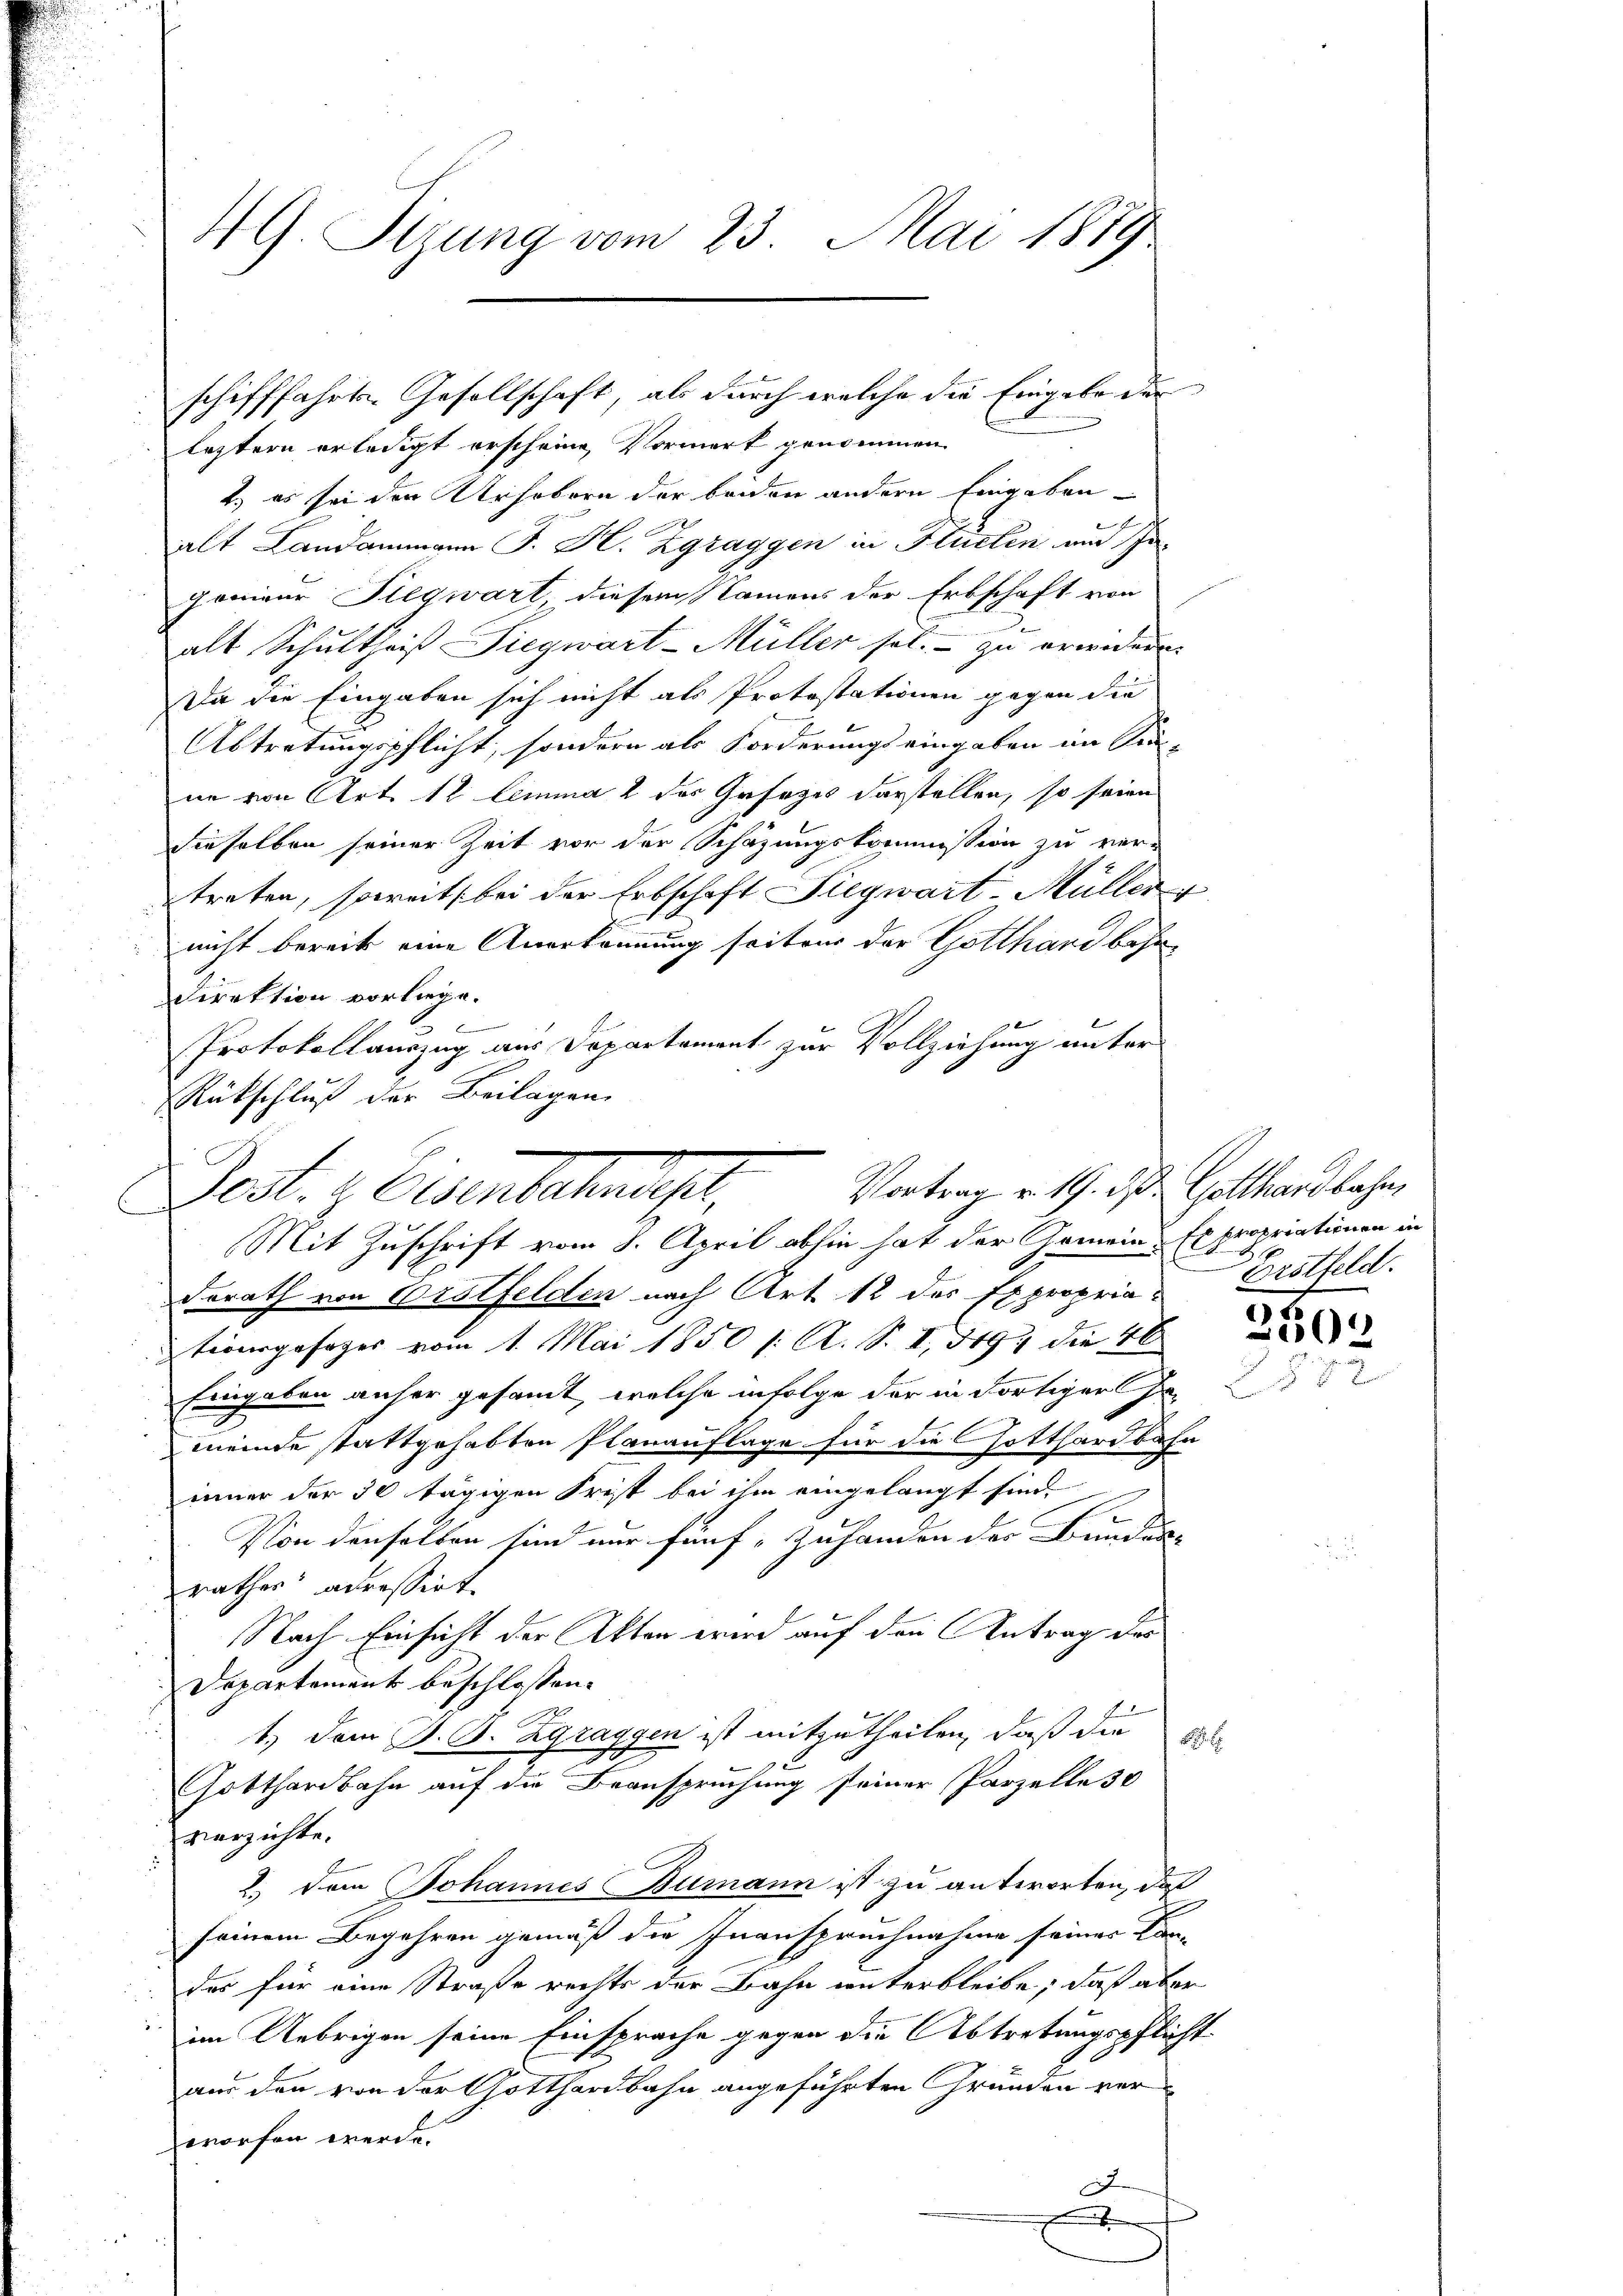
49. Sizung vom 23. Mai 1819

leztern erledigt erscheine Vormerk genommen.
2.) es sei den Urhebern der beiden andern Eingaben
alt Landammann J. H. Zgraggen in Flüsten aus Pagenieur Siegwart, diesem Namens der Erbschaft von
alt Schultheiß Siegwart-Müller sol. - zu erwideren.
Da die Eingaben sich nicht als Protestationen gegen die
Abtretungspflicht, sondern als Forderungs eingaben an Sin-
ne von Art. 12 lemma 2 des Gesezes darstellen, so seien
dieselben seiner Zeit vor der Schazungskommission zu ver-
treten, soweit bei der Erbschaft Siegwart-Müller
nicht bereits eine Anerkennung seitens der Gotthard bese
Direktion vorliege.
6
Protokollauszug aus Departement zur Vollziehung unter
Berath von Erstfelden nach Art. 12 des Expropriatiengesager vom 1. Mai 1850 /: A. S. I, 349, die 46
Eingaben anher gesammt, welche infolge der in dortiger Inmeinde stattgehabten Planauflage für die Gotthardbahn
inner der 30 tägigen Frist bei ihm eingelangt sind.
Von denselben sind nur fünf - Zuhanden der Bunden
rathes adressirt.
Nach Einsicht der Akten wird auf den Antrag des
Departement beschlossen:
12
1.) Dem J. G. Zgraggen ist mitzutheilen, daß die Fol
x
Gotthardbahn auf die Beanspruchung seiner Parzelle 30
verzichte.
2.) Dem Johannes Bumann ist zu antworten, daß
seinem Begehren gemäß die Inanspruchnahme seiner Kan-
das für eine Straße rechts der Bahn unterbleibe; daß aber
im Uebrigen seine Einsprache gegen die Abtretungspflicht
aus den von der Gotthardbahn angeführten Grunden ver-
worfen werde.
J

schifffahrte Gesellschaft, als durch welche die Eingabe der

Rückschluß der Beilagen
Vortrag v. 19. ds. Gotthardbahn
Bet. Eisenbahnst,
Mit Zuschrift vom 8. April abhin hat der Gemeinde Expropriationen in

e

Grstfeld.

2504